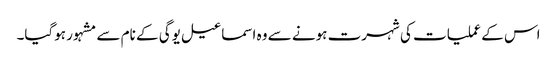
اس کے عملیات کی شہرت ہونے سے وہ اسماعیل یوگی کے نام سے مشہور ہوگیا۔